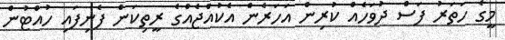
މީގެ ހަތަރު ފަސް ދުވަހެއް ކުރިން އަހަރެން އެކުއްޖެއްގެ ރީތިކަން ފެނިފައި ހުއްޓުން